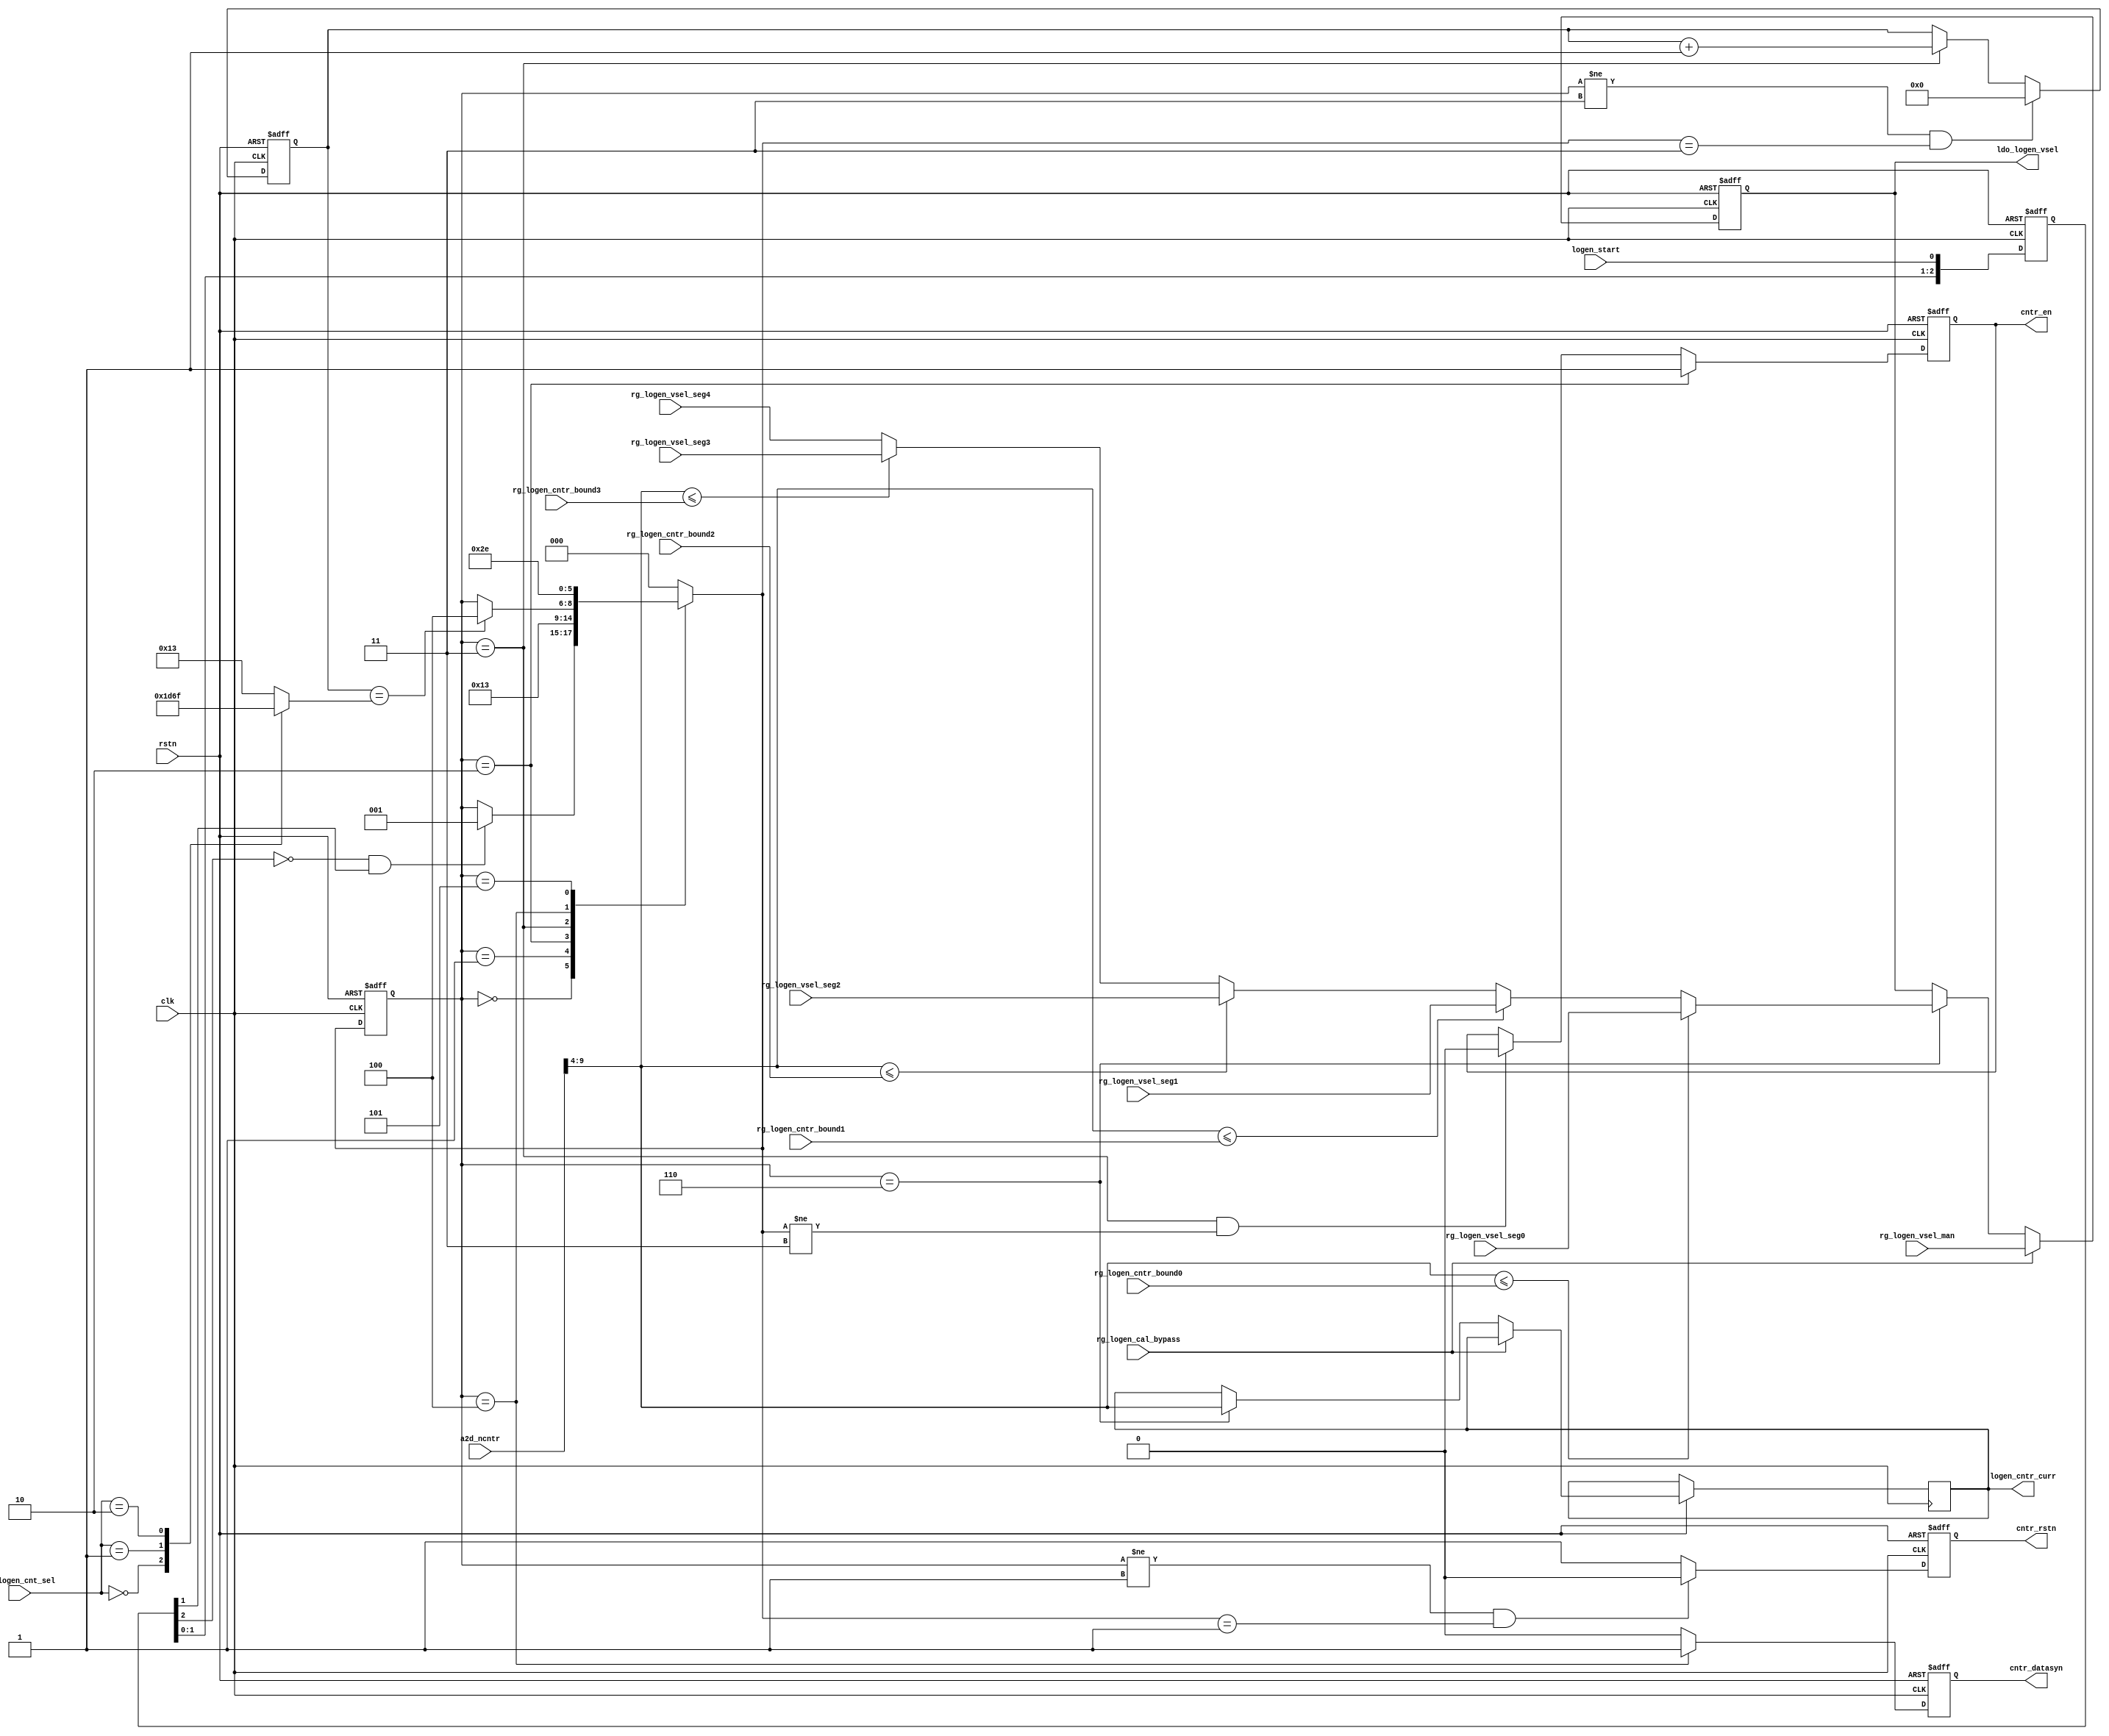
module logen_process_cal (
    input                       rstn,   // logen_rstn,
    input                       clk,
    // reg
    input                       logen_start,
    input                       rg_logen_cal_bypass,
    input       [1:0]           rg_logen_cnt_sel,
    input       [2:0]           rg_logen_vsel_man,  // mannual mode
    input       [2:0]           rg_logen_vsel_seg0,
    input       [2:0]           rg_logen_vsel_seg1,
    input       [2:0]           rg_logen_vsel_seg2,
    input       [2:0]           rg_logen_vsel_seg3,
    input       [2:0]           rg_logen_vsel_seg4,
    input       [5:0]           rg_logen_cntr_bound0,
    input       [5:0]           rg_logen_cntr_bound1,
    input       [5:0]           rg_logen_cntr_bound2,
    input       [5:0]           rg_logen_cntr_bound3,
    // output
    input       [13:0]          a2d_ncntr,
    output reg                  cntr_rstn,
    output reg                  cntr_en,
    output reg                  cntr_datasyn,
    output reg  [5:0]           logen_cntr_curr,
    output reg  [2:0]           ldo_logen_vsel
);

// fsm
localparam LOGEN_IDLE           = 3'd0;
localparam LOGEN_CNTR_RSTN      = 3'd1;
localparam LOGEN_CNTR_EN_PRE    = 3'd2;
localparam LOGEN_CNTR_EN        = 3'd3;
localparam LOGEN_CNTR_EN_POST   = 3'd4;
localparam LOGEN_CNTR_DATASYN   = 3'd5;
localparam LOGEN_LDOVSEL_UPDATE = 3'd6;
// fsm
reg     [2:0]                   st_curr;
reg     [2:0]                   st_next;
// cnt
reg     [2:0]                   logen_start_dly;
wire                            logen_start_pos;
wire                            logen_start_sync;
wire                            logen_cnt_end;
reg     [4:0]                   temp_cnt;
reg     [4:0]                   logen_cnt_m1;
reg     [2:0]                   ldo_logen_vsel_next;
wire    [5:0]                   cntr_val;
wire                            clk_gated;

// logen_start_dly
always @(posedge clk or negedge rstn)
    if (~rstn)
        logen_start_dly <= 0;
    else
        logen_start_dly <= {logen_start_dly[1:0], logen_start};
// logen_start_pos
assign logen_start_pos      = (~logen_start_dly[2]) & logen_start_dly[1];
assign logen_start_sync     = logen_start_pos;
// logen_cnt_m1
always @(*)
    case (rg_logen_cnt_sel)
        2'b00:      logen_cnt_m1 = 7;
        2'b01:      logen_cnt_m1 = 11;
        2'b10:      logen_cnt_m1 = 15;
        default:    logen_cnt_m1 = 19;
    endcase
// logen_cnt_end
assign logen_cnt_end    = (temp_cnt == logen_cnt_m1);

// cg
assign clk_gated        = clk;

//---------------------------------------------------------------------------
// FSM
//---------------------------------------------------------------------------
// fsm_sync
always @(posedge clk_gated or negedge rstn)
    if (~rstn)
        st_curr <= LOGEN_IDLE;
    else
        st_curr <= st_next;
// fsm_comb
always @(*) begin
    // default
    st_next = st_curr;
    // translate
    case (st_curr)
        LOGEN_IDLE: begin
            if (logen_start_sync) begin
                st_next = LOGEN_CNTR_RSTN;
            end
        end
        LOGEN_CNTR_RSTN: begin
            st_next = LOGEN_CNTR_EN_PRE;
        end
        LOGEN_CNTR_EN_PRE: begin
            st_next = LOGEN_CNTR_EN;
        end
        LOGEN_CNTR_EN: begin
            if (logen_cnt_end)
                st_next = LOGEN_CNTR_EN_POST;
        end
        LOGEN_CNTR_EN_POST: begin
            st_next = LOGEN_CNTR_DATASYN;
        end
        LOGEN_CNTR_DATASYN: begin
            st_next = LOGEN_LDOVSEL_UPDATE;
        end
        LOGEN_LDOVSEL_UPDATE: begin
            st_next = LOGEN_IDLE;
        end
        default: begin
            st_next = LOGEN_IDLE;
        end
    endcase
end

// temp_cnt
always @(posedge clk_gated or negedge rstn)
    if (~rstn)
        temp_cnt <= 0;
    else if (st_curr != LOGEN_CNTR_EN && st_next == LOGEN_CNTR_EN)
        temp_cnt <= 0;
    else if (st_curr == LOGEN_CNTR_EN)
        temp_cnt <= temp_cnt + 1;
// cntr_rstn
always @(posedge clk_gated or negedge rstn)
    if (~rstn)
        cntr_rstn <= 1'b1;
    else if (st_curr != LOGEN_CNTR_RSTN && st_next == LOGEN_CNTR_RSTN)
        cntr_rstn <= 1'b0;
    else
        cntr_rstn <= 1'b1;
// cntr_en
always @(posedge clk_gated or negedge rstn)
    if (~rstn)
        cntr_en <= 1'b0;
    else if (st_curr == LOGEN_CNTR_EN_PRE)
        cntr_en <= 1'b1;
    else if (st_curr == LOGEN_CNTR_EN && st_next != LOGEN_CNTR_EN)
        cntr_en <= 1'b0;
// cntr_datasyn
always @(posedge clk_gated or negedge rstn)
    if (~rstn)
        cntr_datasyn <= 1'b0;
    else if (st_curr == LOGEN_CNTR_EN_POST)
        cntr_datasyn <= 1'b1;
    else
        cntr_datasyn <= 1'b0;
// cntr_val
assign cntr_val = a2d_ncntr[9:4];
// ldo_logen_vsel_next
always @(*) begin
    if (cntr_val <= rg_logen_cntr_bound0)
        ldo_logen_vsel_next = rg_logen_vsel_seg0;
    else if (cntr_val <= rg_logen_cntr_bound1)
        ldo_logen_vsel_next = rg_logen_vsel_seg1;
    else if (cntr_val <= rg_logen_cntr_bound2)
        ldo_logen_vsel_next = rg_logen_vsel_seg2;
    else if (cntr_val <= rg_logen_cntr_bound3)
        ldo_logen_vsel_next = rg_logen_vsel_seg3;
    else
        ldo_logen_vsel_next = rg_logen_vsel_seg4;
end
// ldo_logen_vsel
always @(posedge clk_gated or negedge rstn)
    if (~rstn)
        ldo_logen_vsel  <= 3'b010;  // default, 950mv
    else if (rg_logen_cal_bypass)
        ldo_logen_vsel  <= rg_logen_vsel_man;
    else if (st_curr == LOGEN_LDOVSEL_UPDATE) begin
        logen_cntr_curr[5:0] <= cntr_val;
        ldo_logen_vsel  <= ldo_logen_vsel_next;
    end

endmodule